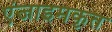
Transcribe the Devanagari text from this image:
एंजाइमकृत